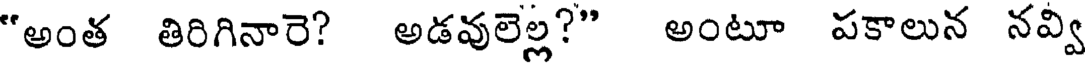
"అంత తిరిగినారె? అడవులెల్ల?" అంటూ పకాలున నవ్వి